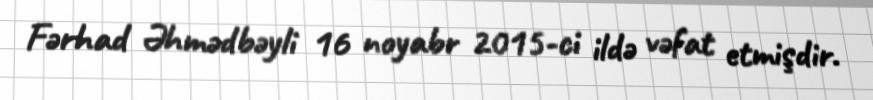
Fərhad Əhmədbəyli 16 noyabr 2015-ci ildə vəfat etmişdir.